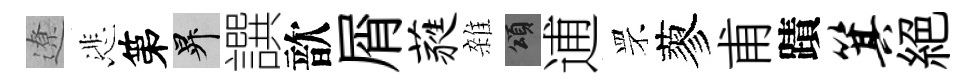
遼悲第升譔歆屑蕤雜頌逋罘蓼甫蹟箕絶